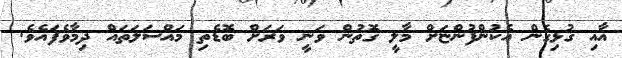
އާއި ގުޅިގެން އެކުންފުންޏަށް މާލީ ގޮތުން ވަނީ ވަރަށް ބޮޑެތި މައްސަލަތައް ދިމާވެފައެވެ.